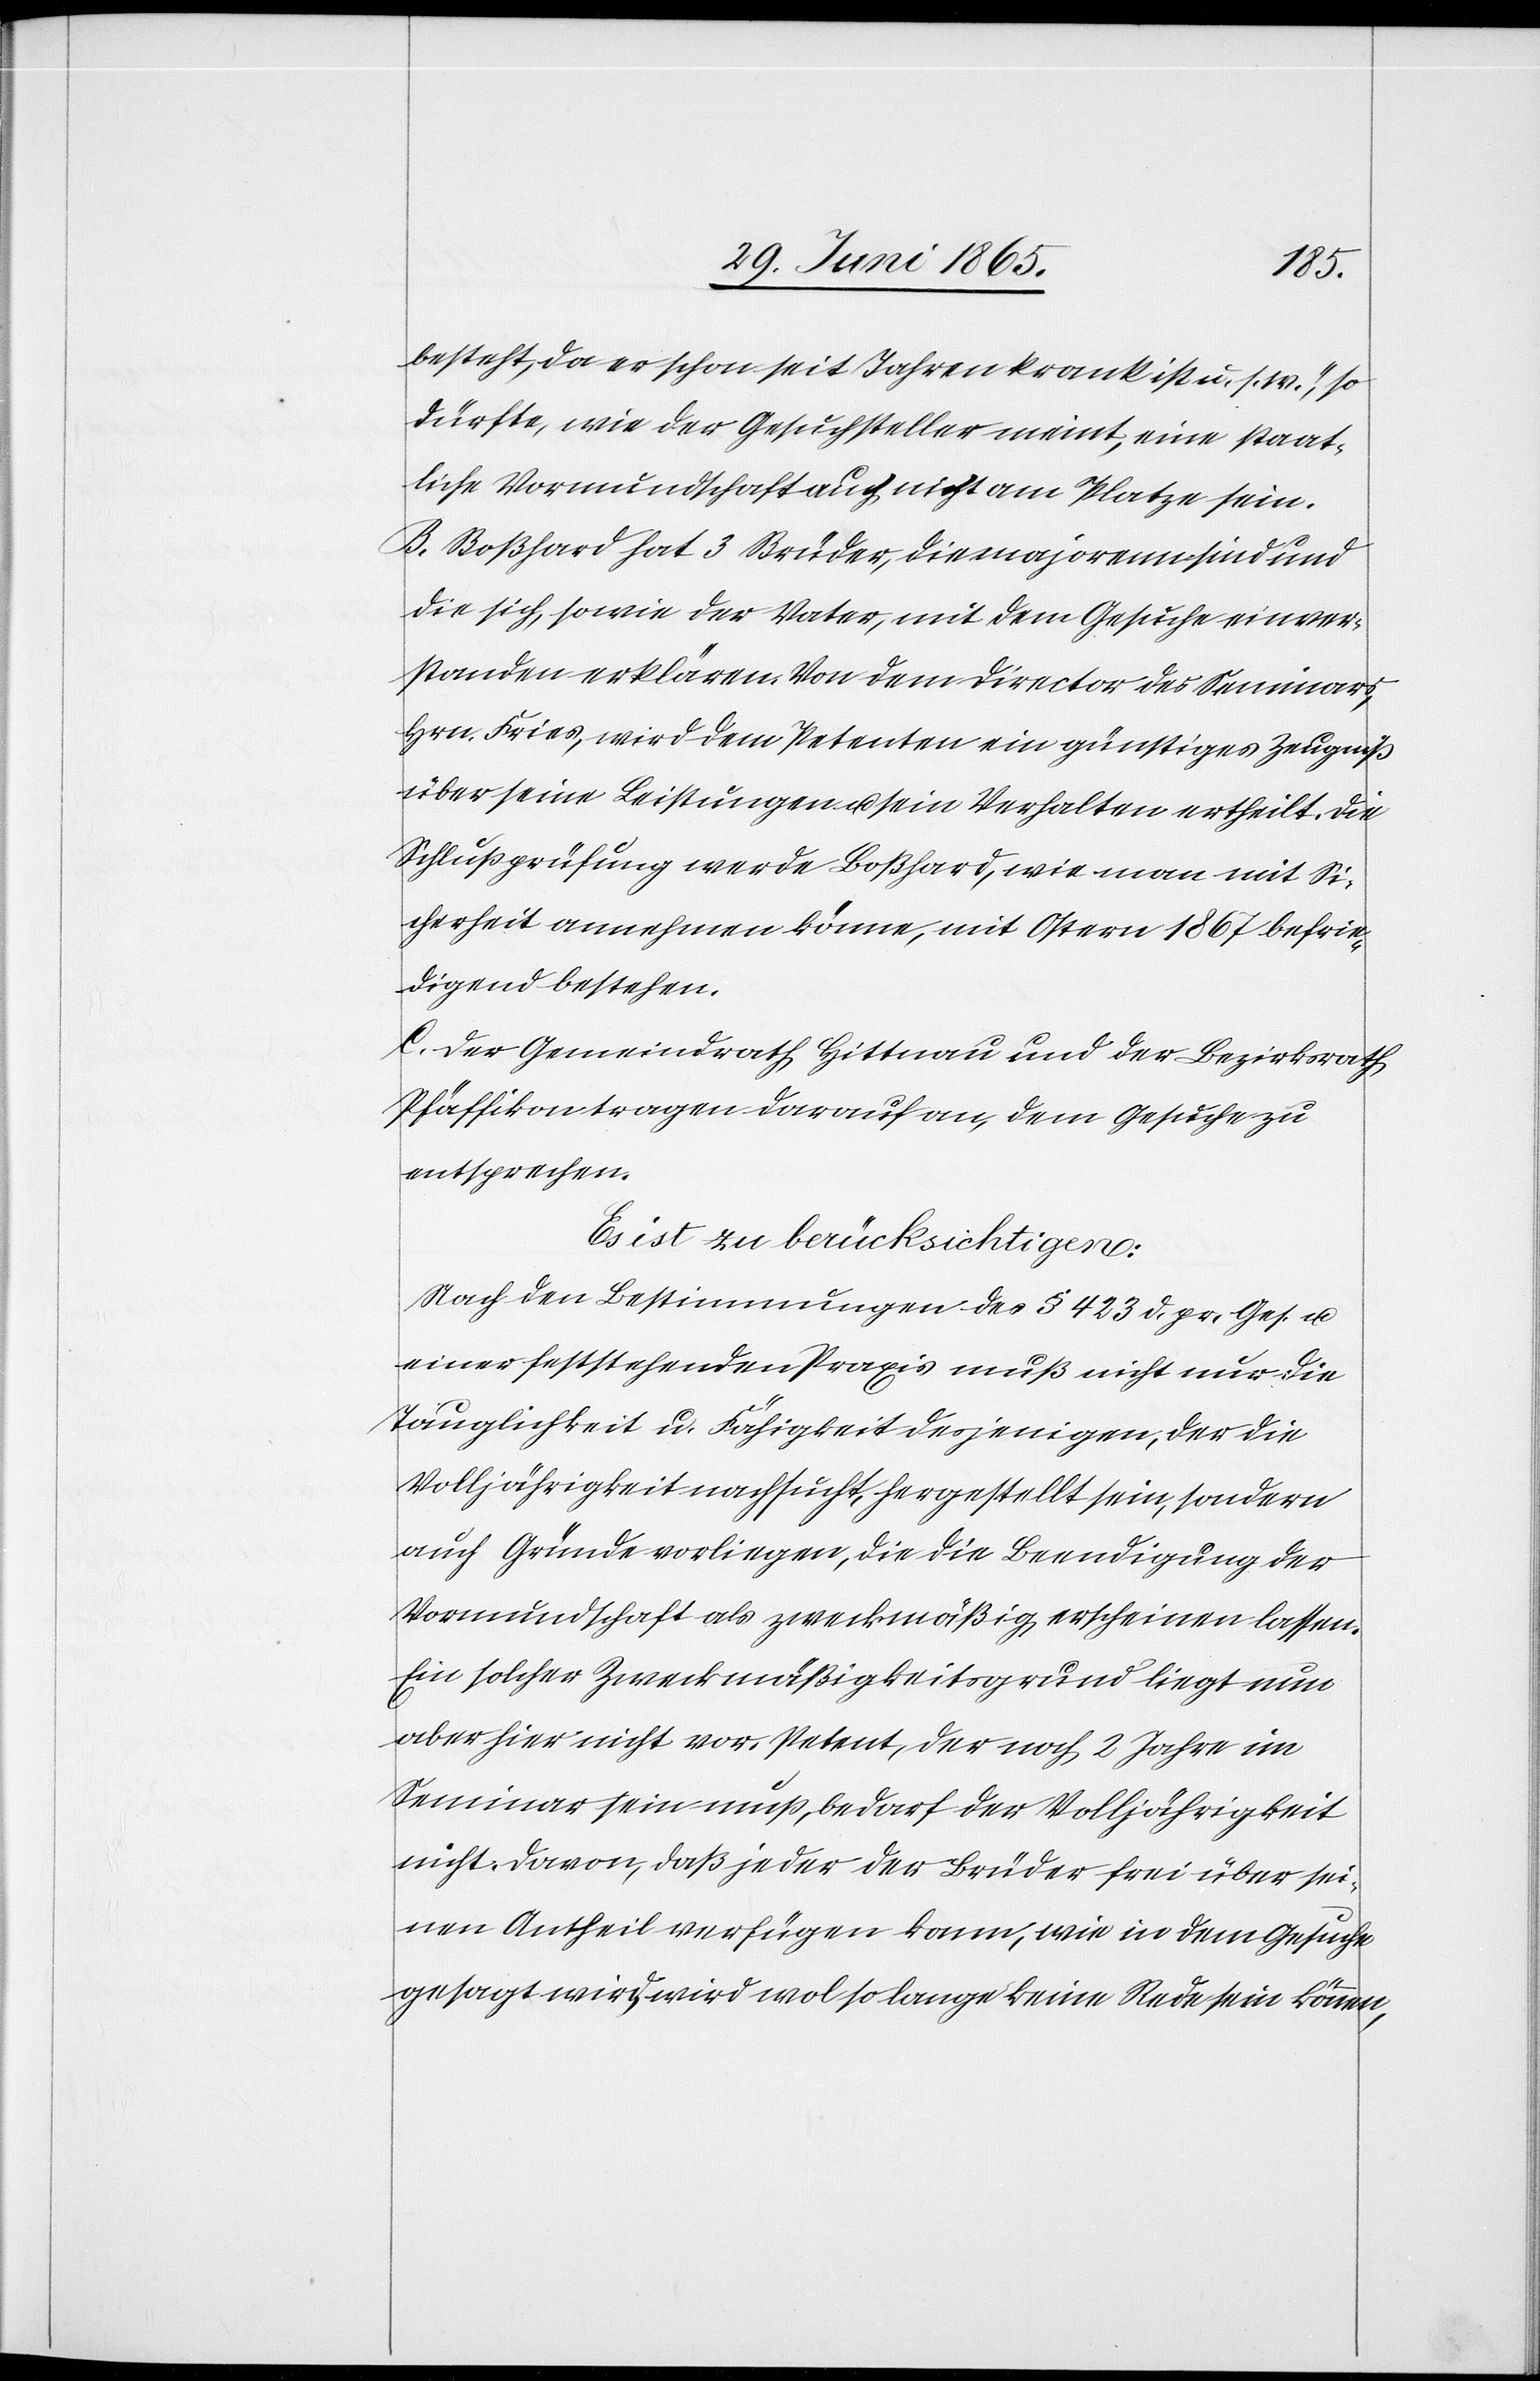
besteht, da er schon seit Jahren krank ist u. s. w.“, so
dürfte, wie der Gesuchsteller meint, eine staat¬
liche Vormundschaft auch nicht am Platze sein.
B. Boßhard hat 3 Brüder, die majorenn sind und
die sich, sowie der Vater, mit dem Gesuche einver¬
standen erklären. Von dem Director des Seminars,
Hrn. Fries, wird dem Petenten ein günstiges Zeugniß
über seine Leistungen u. sein Verhalten ertheilt die
Schlußprüfung werde Boßhard, wie man mit Si¬
cherheit annehmen könne, mit Ostern 1867 befrie¬
digend bestehen.
C. Der Gemeindrath Hittnau und der Bezirksrath
Pfäffikon tragen darauf an, dem Gesuche zu
entsprechen.
Es ist zu berücksichtigen:
Nach den Bestimmungen des § 423 d. pr. Ges. u.
einer feststehenden Praxis muß nicht nur die
Tauglichkeit u. Fähigkeit desjenigen, der die
Volljährigkeit nachsucht, hergestellt sein, sondern
auch Gründe vorliegen, die die Beendigung der
Vormundschaft als zweckmäßig erscheinen lassen.
Ein solcher Zweckmäßigkeitsgrund liegt nun
aber hier nicht vor. Petent, der noch 2 Jahre im
Seminar sein muß, bedarf der Volljährigkeit
nicht. Davon, daß jeder der Brüder frei über sei¬
nen Antheil verfügen kann, wie in dem Gesuche
gesagt wird, wird wol so lange keine Rede sein können,